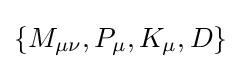
\{M_{\mu \nu },P_{\mu },K_{\mu },D\}